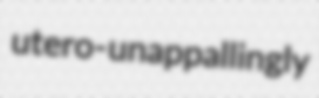
utero- unappallingly